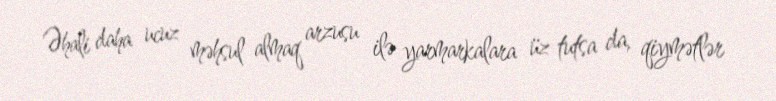
Əhali daha ucuz məhsul almaq arzusu ilə yarmarkalara üz tutsa da, qiymətlər